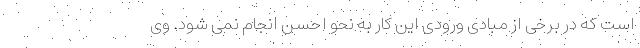
است که در برخی از مبادی ورودی این کار به نحو احسن انجام نمی شود. وی